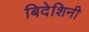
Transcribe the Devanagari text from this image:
बिदेशिनी